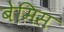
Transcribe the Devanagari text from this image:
बेमिस